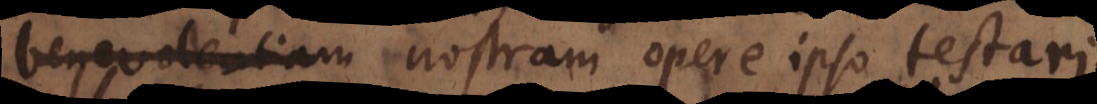
voluntatem nostram opere ipso testari.